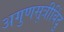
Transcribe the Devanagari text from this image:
अगुणसूत्रीबिंदु